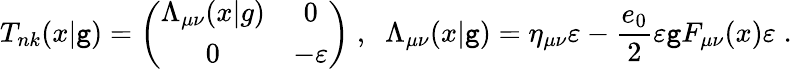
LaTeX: T_{nk}(x|\mathtt{g})=\left(\begin{array}{cc}{{\Lambda_{\mu\nu}(x|g)}}&{{0}}\\ {{0}}&{{-\varepsilon}}\end{array}\right)\; ,\; \; \Lambda_{\mu\nu}(x|\mathtt{g})=\eta_{\mu\nu}\varepsilon-\frac{{e_{0}}}{{2}}\varepsilon\mathtt{g}F_{\mu\nu}(x)\varepsilon\; .